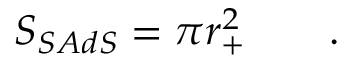
S _ { S A d S } = \pi r _ { + } ^ { 2 } \qquad .